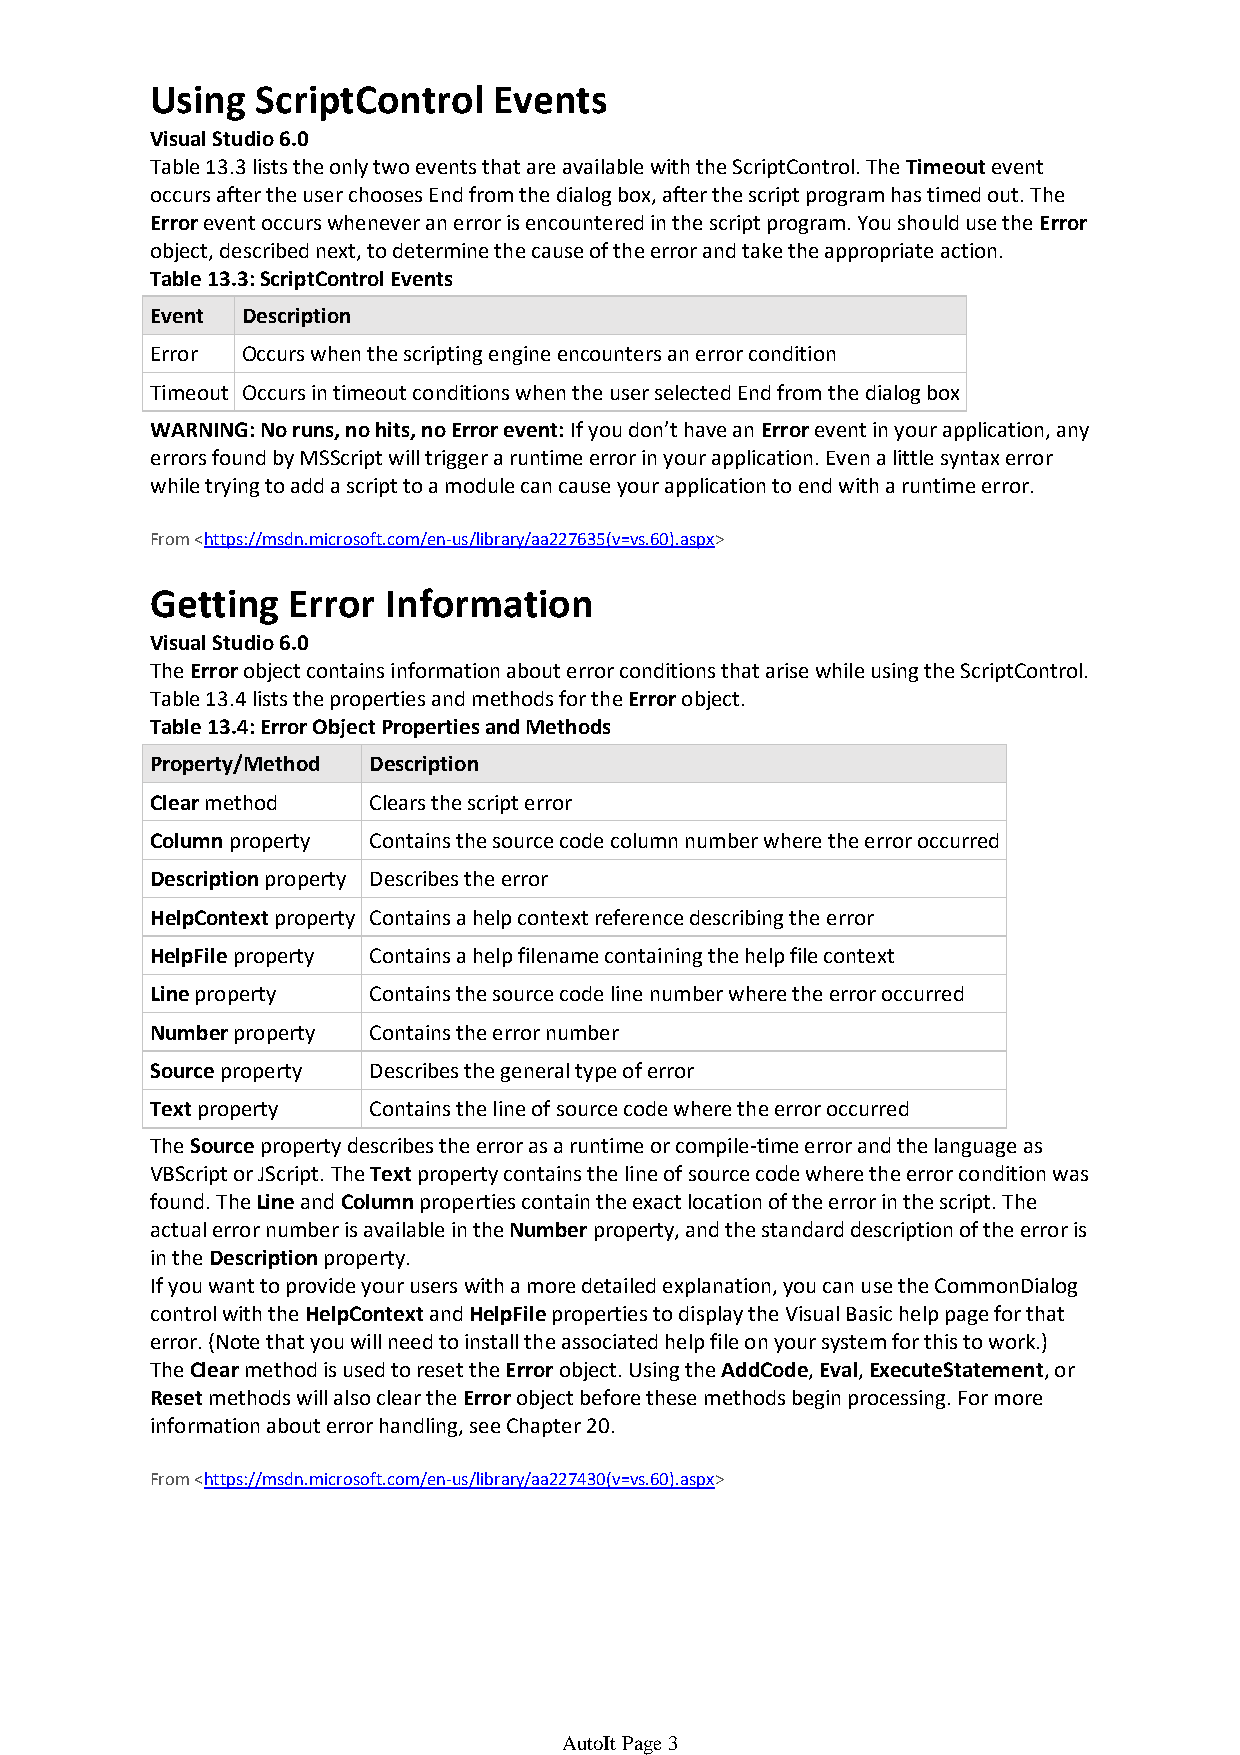
Using  ScriptControl   Events
 Visual Studio 6.0
 Table 13.3 lists the only two events that are available with the ScriptControl. The Timeoutevent
 occurs after the user chooses End from the dialog box, after the script program has timed out. The
 Errorevent occurs whenever an error is encountered in the script program. You should use the Error
 object, described next, to determine the cause of the error and take the appropriate action.
 Table 13.3:ScriptControl Events
 Event Description
 Error Occurs when the scripting engine encounters an error condition
 Timeout Occurs in timeout conditions when the user selected End from the dialog box
 WARNING: No runs, no hits, no Error event:If you don’t have an Errorevent in your application, any
 errors found by MSScript will trigger a runtime error in your application. Even a little syntax error
 while trying to add a script to a module can cause your application to end with a runtime error.
 From <https://msdn.microsoft.com/en-us/library/aa227635(v=vs.60).aspx>
 Getting  Error Information
 Visual Studio 6.0
 The Errorobject contains information about error conditions that arise while using the ScriptControl.
 Table 13.4 lists the properties and methods for the Error object.
 Table 13.4:Error Object Properties and Methods
 Property/Method Description
 Clearmethod   Clears the script error
 Columnproperty Contains the source code column number where the error occurred
 Descriptionproperty Describes the error
 HelpContextproperty Contains a help context reference describing the error
 HelpFileproperty Contains a help filename containing the help file context
 Lineproperty  Contains the source code line number where the error occurred
 Numberproperty Contains the error number
 Sourceproperty Describes the general type of error
 Textproperty  Contains the line of source code where the error occurred
 The Sourceproperty describes the error as a runtime or compile-time error and the language as
 VBScript or JScript. The Textproperty contains the line of source code where the error condition was
 found. The Line and Columnproperties contain the exact location of the error in the script. The
 actual error number is available in the Numberproperty, and the standard description of the error is
 in the Descriptionproperty.
 If you want to provide your users with a more detailed explanation, you can use the CommonDialog
 control with the HelpContext and HelpFileproperties to display the Visual Basic help page for that
 error. (Note that you will need to install the associated help file on your system for this to work.)
 The Clearmethod is used to reset the Error object. Using the AddCode, Eval, ExecuteStatement, or
 Resetmethods will also clear the Errorobject before these methods begin processing. For more
 information about error handling, see Chapter 20.
 From <https://msdn.microsoft.com/en-us/library/aa227430(v=vs.60).aspx>
 AutoIt Page 3